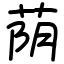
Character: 荫